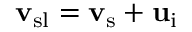
{ \bf v } _ { \mathrm { s l } } = { \bf v } _ { \mathrm { s } } + { \bf u } _ { \mathrm { i } }